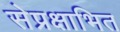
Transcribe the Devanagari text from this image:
सेप्रक्षाभित